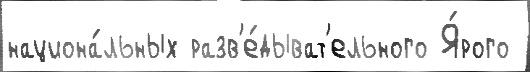
национа́льных разв'е́дыват'ельного Я́рого